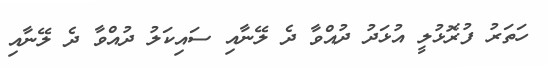
ހަތަރު ފުރޮޅުލީ އުޅަދު ދުއްވާ ދެ ލޭނާއި ސައިކަލު ދުއްވާ ދެ ލޭނާއި